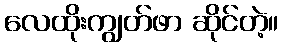
လေထိုးကျွတ်ဖာ ဆိုင်တဲ့။